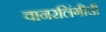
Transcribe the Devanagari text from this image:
वानरलिंगीची